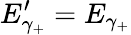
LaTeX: E_{\gamma_{+}}^{\prime}=E_{\gamma_{+}}